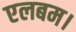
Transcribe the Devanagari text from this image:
एलबम।